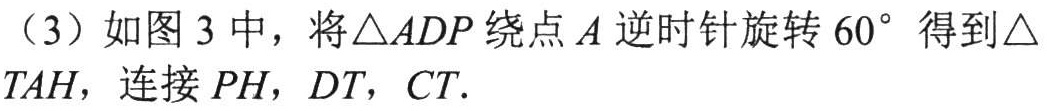
（3）如图 3 中，将\(\triangle ADP\)绕点\(A\)逆时针旋转\(60^{\circ}\)得到\(\triangle TAH\)，连接\(PH\)，\(DT\)，\(CT\).